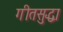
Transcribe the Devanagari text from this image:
गीतसुद्धा